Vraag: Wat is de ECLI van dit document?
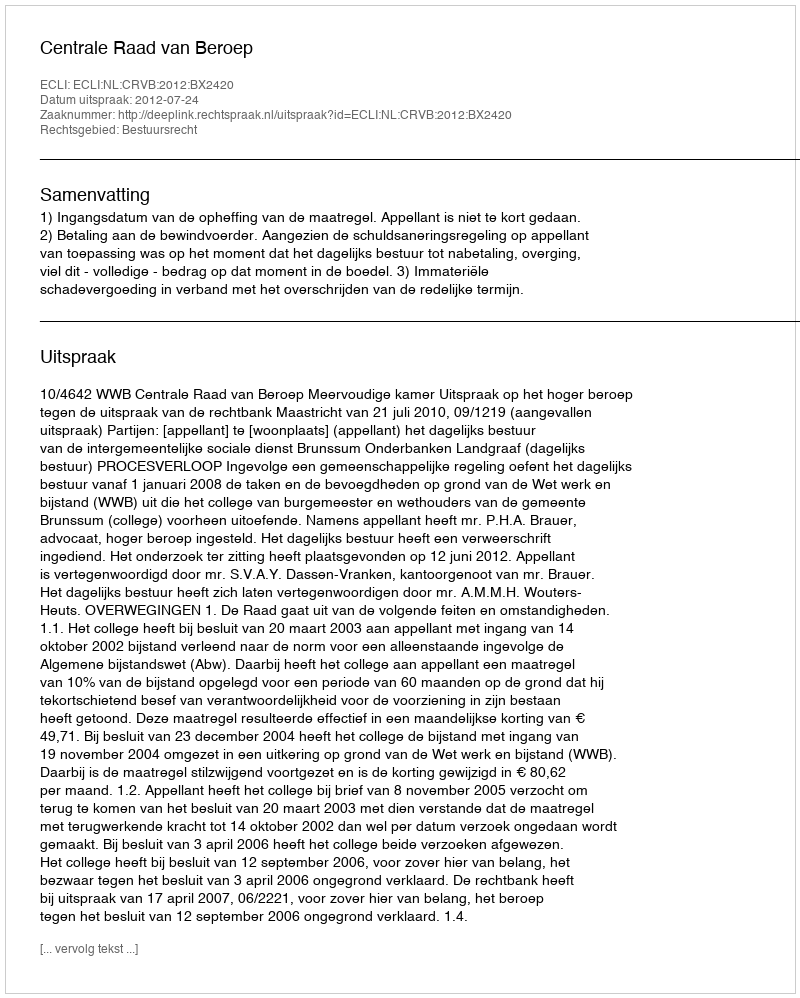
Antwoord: ECLI:NL:CRVB:2012:BX2420